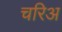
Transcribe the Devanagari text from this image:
चरिअ